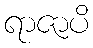
ရာဇာပိ